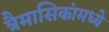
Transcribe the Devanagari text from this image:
त्रैमासिकांमध्ये